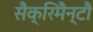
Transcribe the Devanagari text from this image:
सैक्रिमैन्टौ